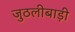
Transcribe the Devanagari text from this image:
जुठलीबाड़ी